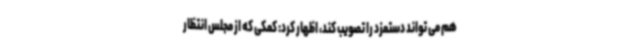
هم می تواند دستمزد را تصویب کند، اظهار کرد: کمکی که از مجلس انتظار